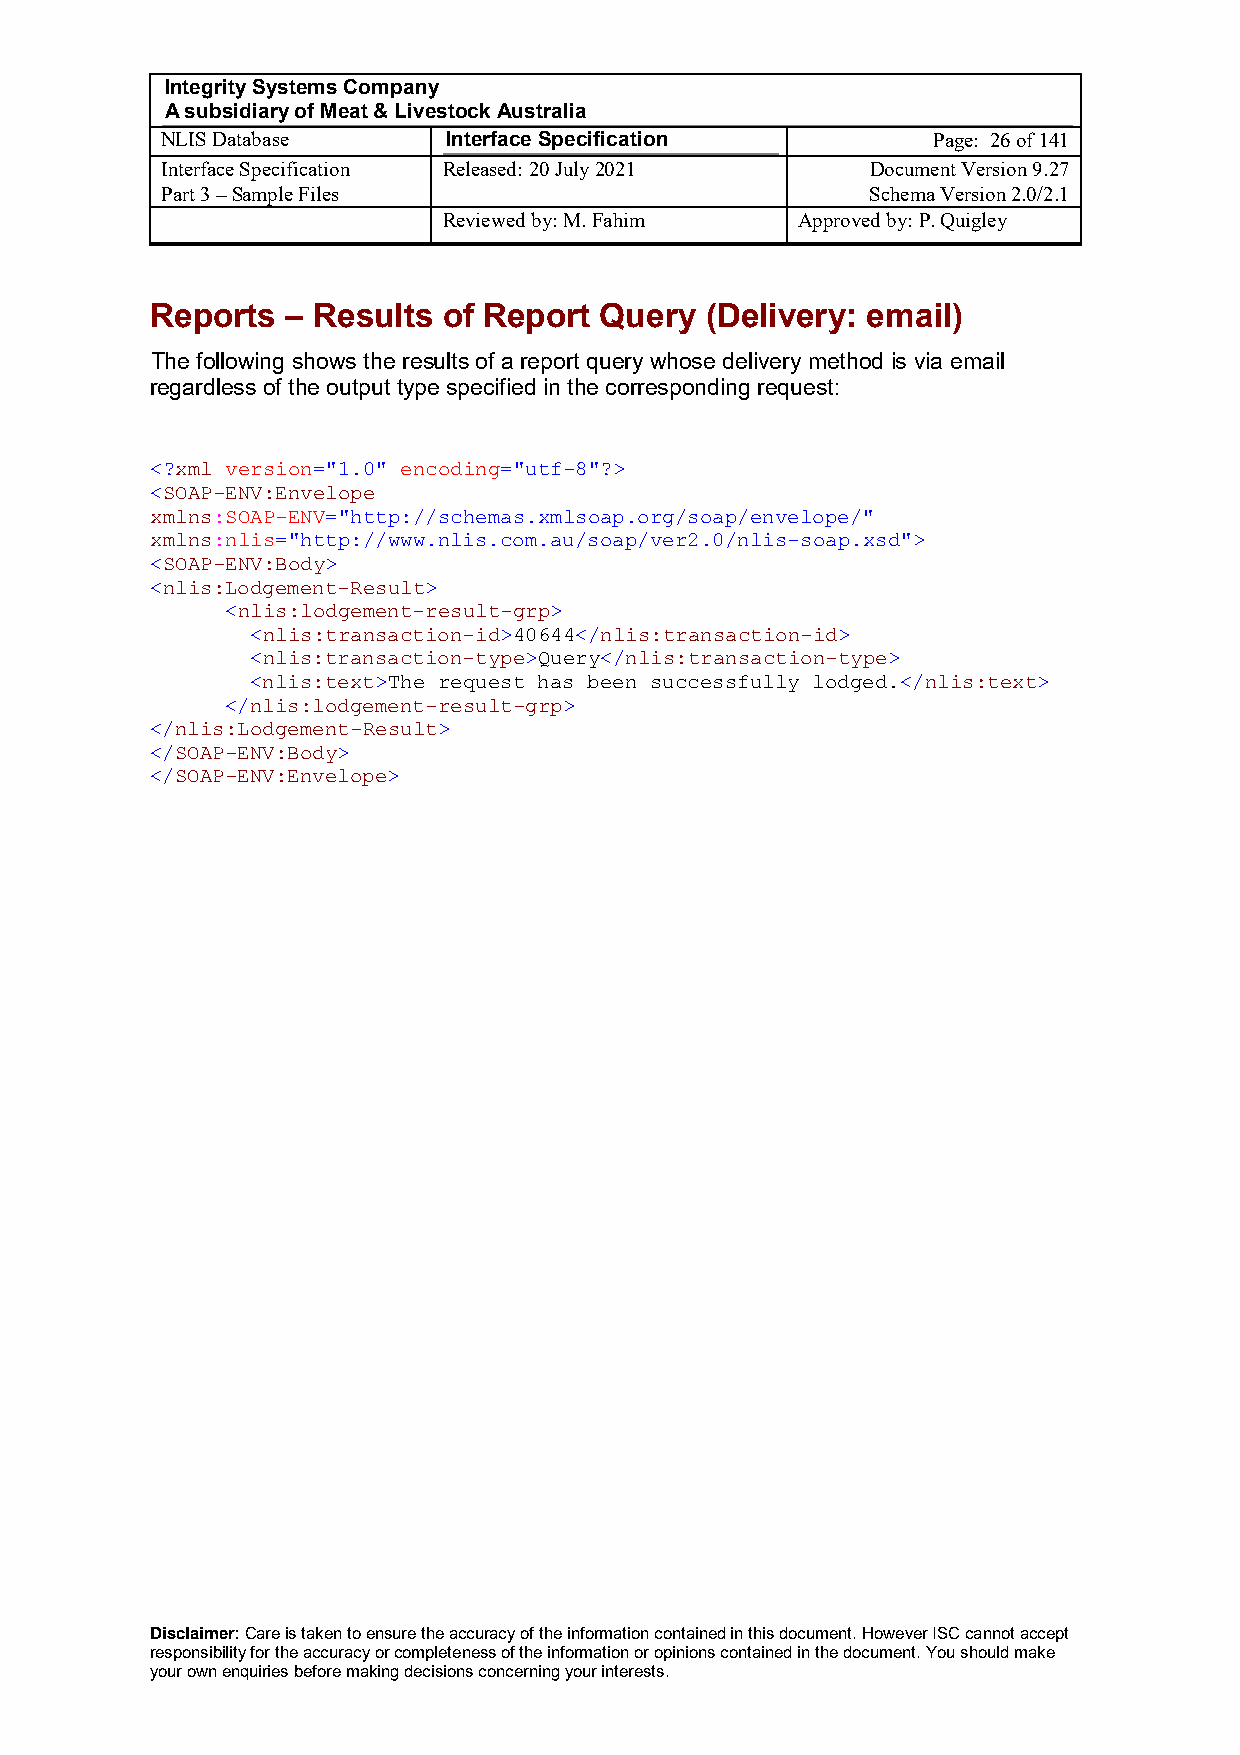
Integrity Systems Company
 A subsidiary of Meat & Livestock Australia
 NLIS Database      Interface Specification         Page: 26 of 141
 Interface Specification Released: 20 July 2021 Document Version 9.27
 Part 3 – Sample Files                          Schema Version 2.0/2.1
 Reviewed by: M. Fahim   Approved by: P. Quigley
 Reports  – Results of Report  Query  (Delivery: email)
 The following shows the results of a report query whose delivery method is via email
 regardless of the output type specified in the corresponding request:
 <?xml version="1.0" encoding="utf-8"?>
 <SOAP-ENV:Envelope
 xmlns:SOAP-ENV="http://schemas.xmlsoap.org/soap/envelope/"
 xmlns:nlis="http://www.nlis.com.au/soap/ver2.0/nlis-soap.xsd">
 <SOAP-ENV:Body>
 <nlis:Lodgement-Result>
 <nlis:lodgement-result-grp>
 <nlis:transaction-id>40644</nlis:transaction-id>
 <nlis:transaction-type>Query</nlis:transaction-type>
 <nlis:text>The request has been successfully lodged.</nlis:text>
 </nlis:lodgement-result-grp>
 </nlis:Lodgement-Result>
 </SOAP-ENV:Body>
 </SOAP-ENV:Envelope>
 Disclaimer: Care is taken to ensure the accuracy of the information contained in this document. However ISC cannot accept
 responsibility for the accuracy or completeness of the information or opinions contained in the document. You should make
 your own enquiries before making decisions concerning your interests.